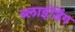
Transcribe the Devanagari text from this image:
ब्‍लाइंडिंग